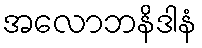
အလောဘနိဒါနံ